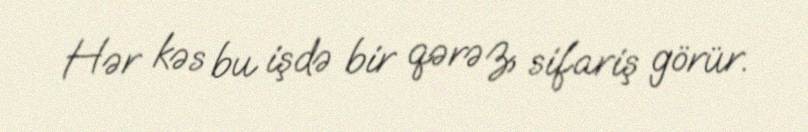
Hər kəs bu işdə bir qərəz, sifariş görür.